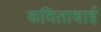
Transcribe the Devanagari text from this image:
कविताबाई